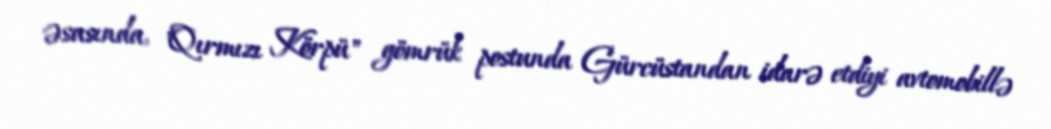
əsasında, "Qırmızı Körpü" gömrük postunda Gürcüstandan idarə etdiyi avtomobillə